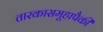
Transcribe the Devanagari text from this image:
तारकासमूहापैकी